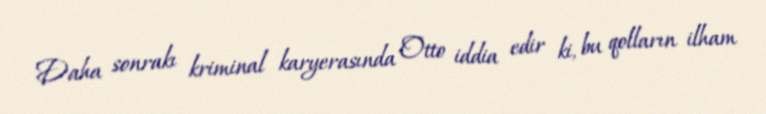
Daha sonrakı kriminal karyerasında Otto iddia edir ki, bu qolların ilham